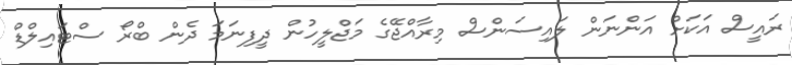
ރައީސް އަކަށް އަންނަން ލައިސަންސް މިރާއްޖޭގެ މަޖްލީހުން ދީފިނަމަ ދެން ބްރޯ ސްޓައިލްޑް